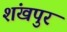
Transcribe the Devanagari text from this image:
शंखपुर